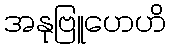
အနုဗြူဟေဟိ